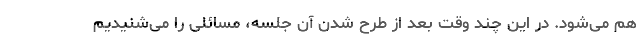
هم می‌شود. در این چند وقت بعد از طرح شدن آن جلسه، مسائلی را می‌شنیدیم